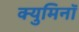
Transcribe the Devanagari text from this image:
क्युमिनॉ